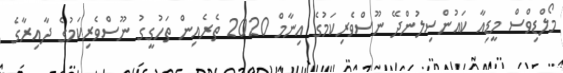
މޯލްޑިވްސް މީޑިއާ ކައުންސިލުންދޭ ނޫސްވެރިކަމުގެ އިނާމް 2020 ތެރެއިން ތަހުގީގު ނޫސްވެރިކަމުގެ ދާއިރާގެ